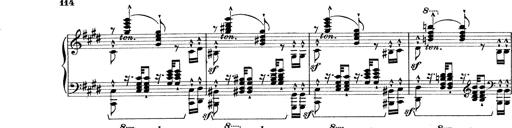
Title: Rapsodie: 19 ungheresi, 1 spagnuola
Composer: Franz Liszt